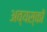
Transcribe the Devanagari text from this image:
अव्यस्कों